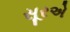
સૂરએ